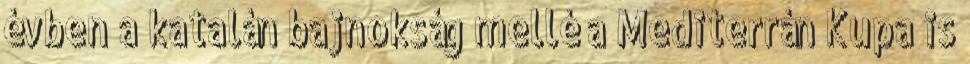
évben a katalán bajnokság mellé a Mediterrán Kupa is